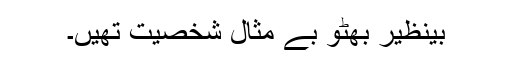
بینظیر بھٹو بے مثال شخصیت تھیں۔